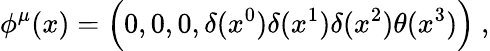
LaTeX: \phi^{\mu}(x)=\Bigl(0,0,0,\delta(x^{0})\delta(x^{1})\delta(x^{2})\theta(x^{3})\Bigr)\ ,